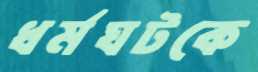
ধর্মঘটকে